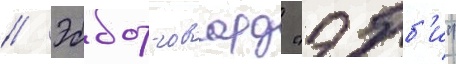
// Эббот говард "эбб'и"